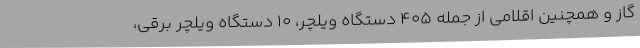
گاز و همچنین اقلامی از جمله 405 دستگاه ویلچر، 10 دستگاه ویلچر برقی،